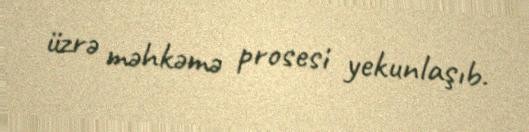
üzrə məhkəmə prosesi yekunlaşıb.